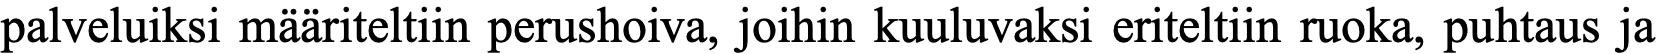
palveluiksi määriteltiin perushoiva, joihin kuuluvaksi eriteltiin ruoka, puhtaus ja